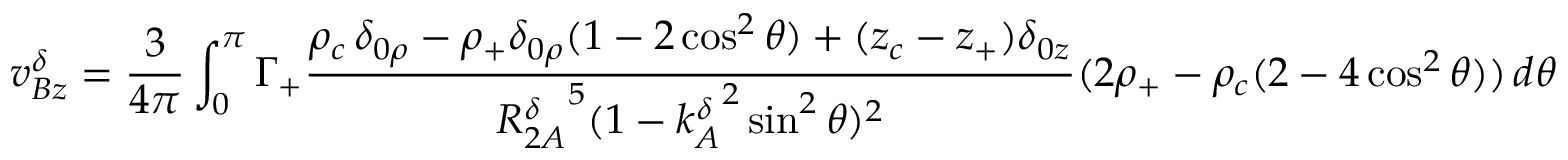
v _ { B z } ^ { \delta } = \frac { 3 } { 4 \pi } \int _ { 0 } ^ { \pi } \Gamma _ { + } \frac { \rho _ { c } \, \delta _ { 0 \rho } - \rho _ { + } \delta _ { 0 \rho } ( 1 - 2 \cos ^ { 2 } \theta ) + ( z _ { c } - z _ { + } ) \delta _ { 0 z } } { { R _ { 2 A } ^ { \delta } } ^ { 5 } ( 1 - { k _ { A } ^ { \delta } } ^ { 2 } \sin ^ { 2 } \theta ) ^ { 2 } } ( 2 \rho _ { + } - \rho _ { c } ( 2 - 4 \cos ^ { 2 } \theta ) ) \, d \theta